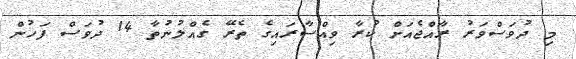
މި ދުވަސްވަރު ރާއްޖެއަށް ކުރާ ވިއްސާރައިގެ ތެރޭ ގެއްލުނުތާ 14 ދުވަސް ފަހުން